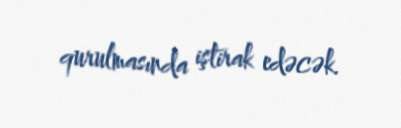
qurulmasında iştirak edəcək.